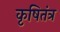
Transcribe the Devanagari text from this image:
कृषितंत्र